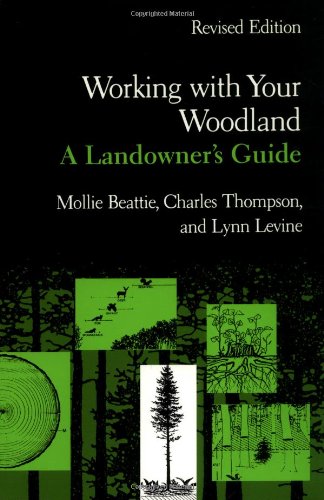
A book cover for Working with Your Woodland: A Landowner's Guide (Revised Edition); Mollie Beattie; Science & Math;